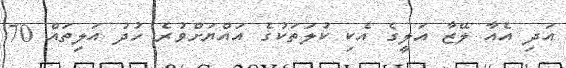
އަދި އެއާ ލޭޒާ އަލީގެ އެކި ކުލަތަކުގެ އައްޔަށްވުރެ ހުދު އަލިތައް 70